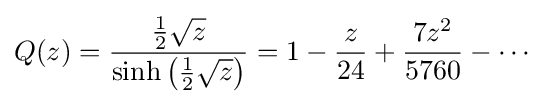
Q(z)={\frac {{\frac {1}{2}}{\sqrt {z}}}{\sinh \left({\frac {1}{2}}{\sqrt {z}}\right)}}=1-{\frac {z}{24}}+{\frac {7z^{2}}{5760}}-\cdots